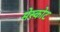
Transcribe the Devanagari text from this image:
मेस्कोट